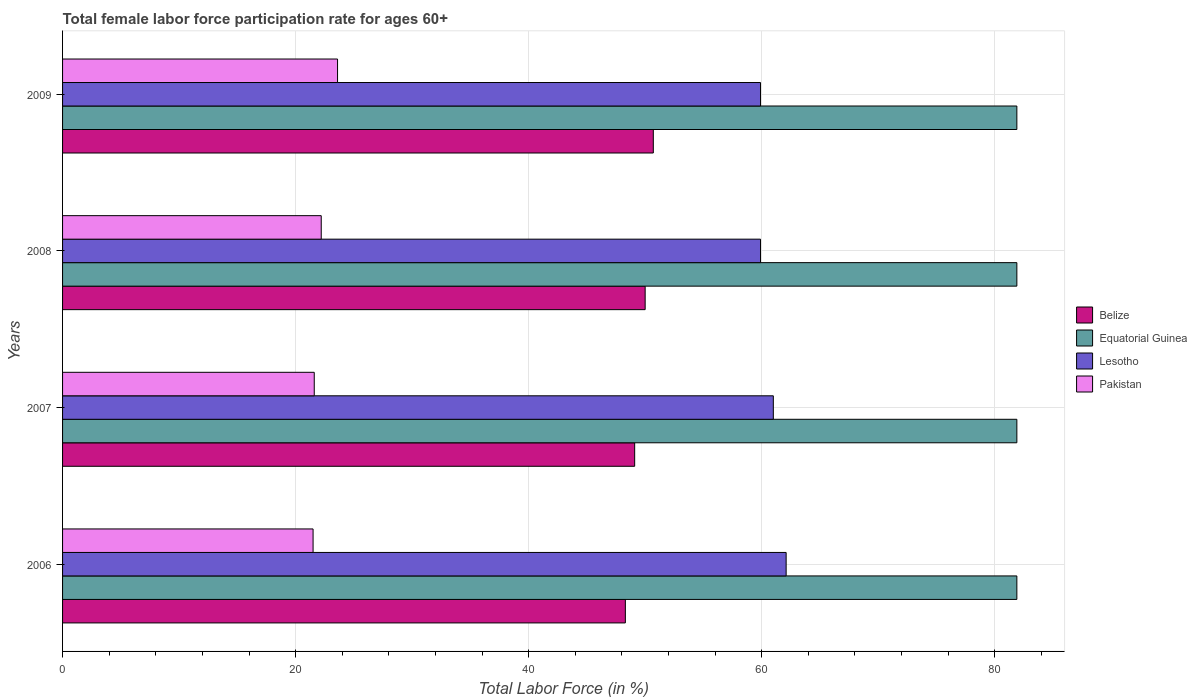
| Years | Belize | Equatorial Guinea | Lesotho | Pakistan |
 | --- | --- | --- | --- | --- |
 | 2006 | 48.3 | 81.9 | 62.1 | 21.5 |
 | 2007 | 49.1 | 81.9 | 61 | 21.6 |
 | 2008 | 50 | 81.9 | 59.9 | 22.2 |
 | 2009 | 50.7 | 81.9 | 59.9 | 23.6 |